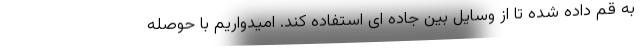
به قم داده شده تا از وسایل بین جاده ای استفاده کند. امیدواریم با حوصله